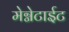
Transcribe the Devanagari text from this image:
मेग्नेटाईट